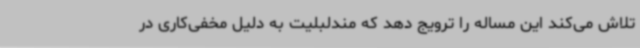
تلاش می‌کند این مساله را ترویج دهد که مندلبلیت به دلیل مخفی‌کاری در